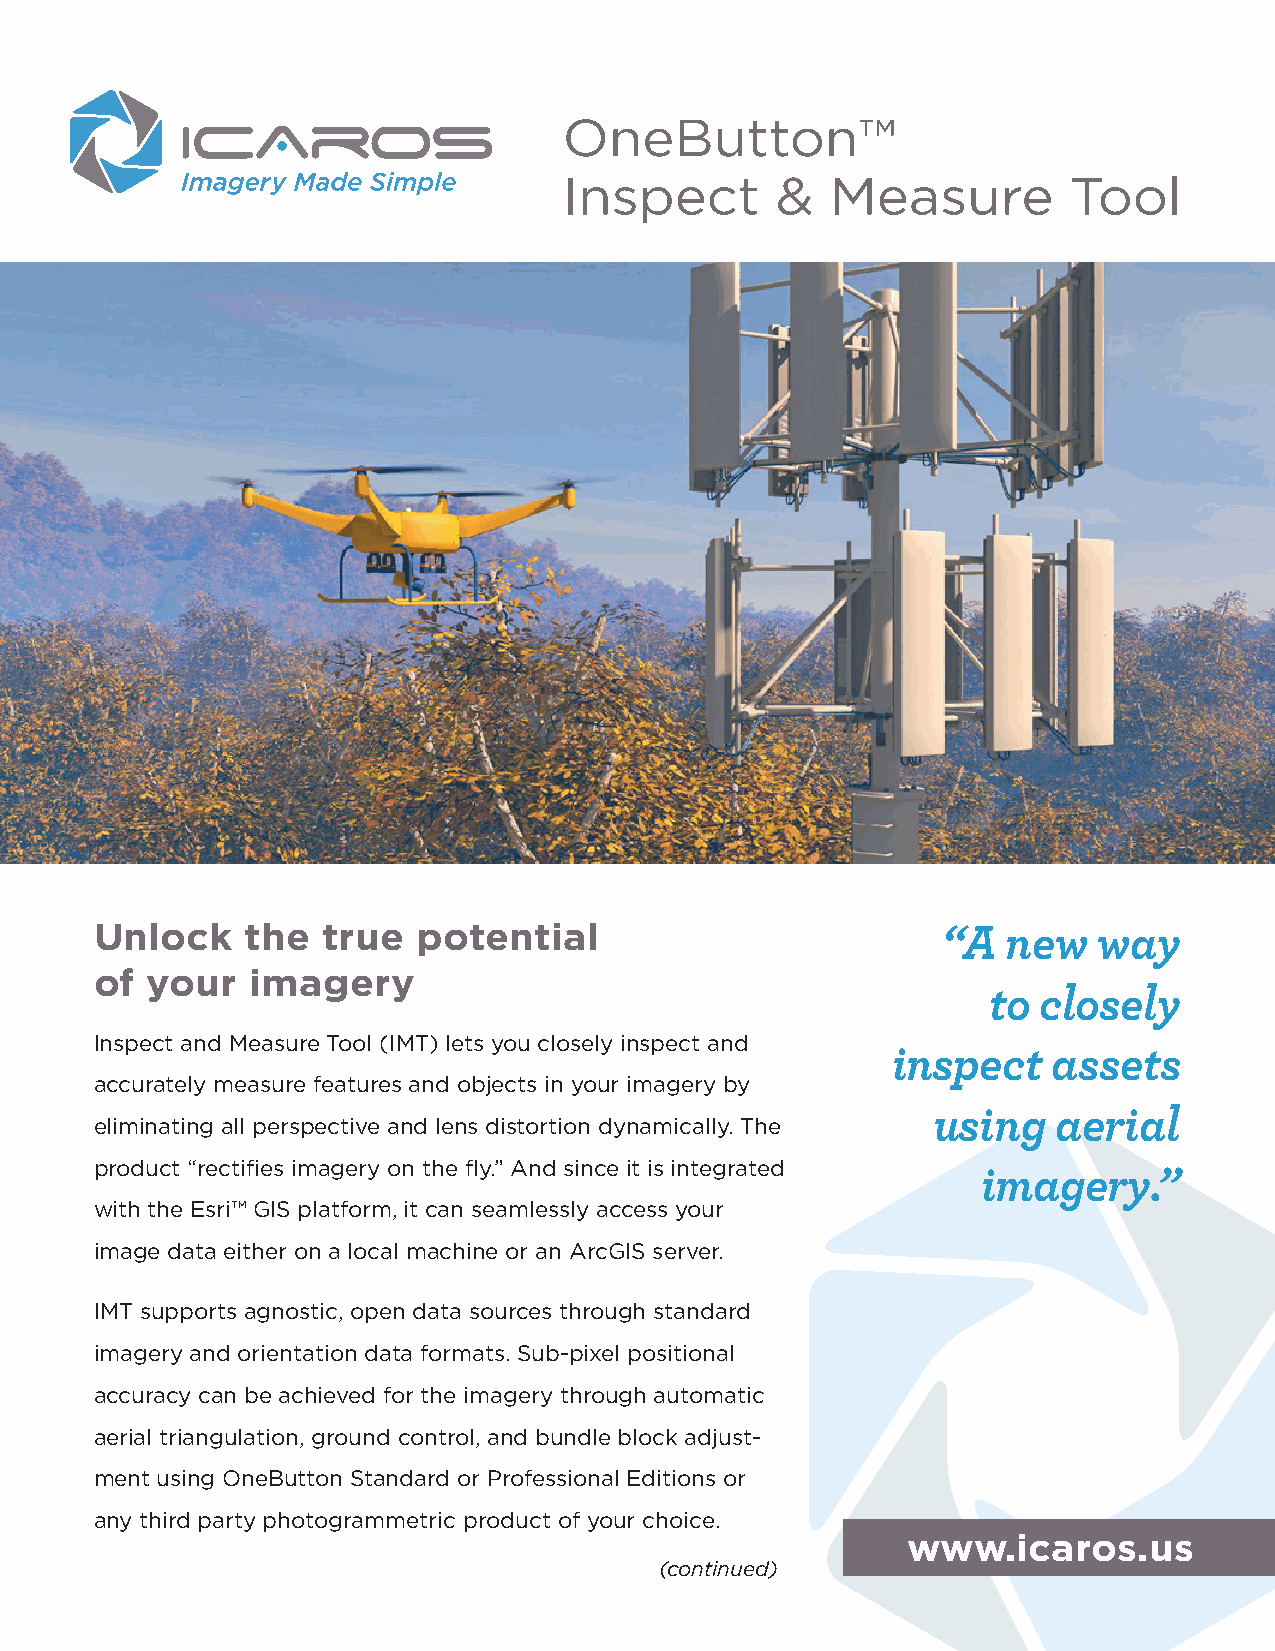
OneButton™
 Inspect       &   Measure         Tool
 Unlock    the  true   potential                         “A   new   way
 of  your   imagery
 to closely
 Inspect and Measure Tool (IMT) lets you closely inspect and
 inspect    assets
 accurately measure features and objects in your imagery by
 using   aerial
 eliminating all perspective and lens distortion dynamically. The
 product “rectifies imagery on the fly.” And since it is integrated
 imagery.”
 with the Esri™ GIS platform, it can seamlessly access your
 image data either on a local machine or an ArcGIS server.
 IMT supports agnostic, open data sources through standard
 imagery and orientation data formats. Sub-pixel positional
 accuracy can be achieved for the imagery through automatic
 aerial triangulation, ground control, and bundle block adjust-
 ment using OneButton Standard or Professional Editions or
 any third party photogrammetric product of your choice.
 www.icaros.us
 (continued)